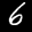
Label: 6